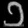
Digit: ၁